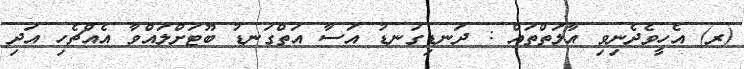
(ރ) އެހީވެދެނިވި އާލަތްތައް : ދަނޑިގަނޑު އަސާ އަތްގަނޑު ބޫޓަށްލައްވާ އެއްޗެހި އަދި